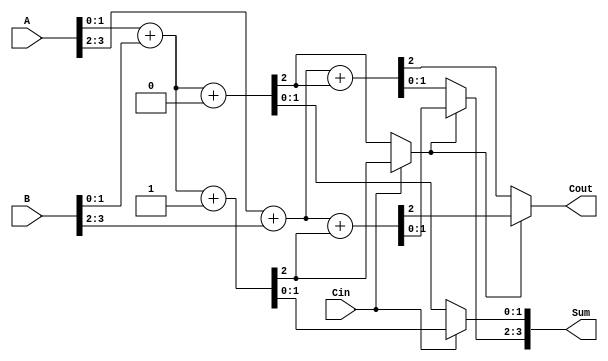
module carry_select_adder (
    input [3:0] A,     // 4-bit input A
    input [3:0] B,     // 4-bit input B
    input Cin,         // Carry-in
    output [3:0] Sum,  // 4-bit Sum output
    output Cout        // Carry-out
);
    wire [1:0] S0_0, S0_1; // Sum outputs for carry-in = 0
    wire [1:0] S1_0, S1_1; // Sum outputs for carry-in = 1
    wire C0_0, C0_1;       // Carry outputs for carry-in = 0
    wire C1_0, C1_1;       // Carry outputs for carry-in = 1
    wire C0, C1;           // Carry selection signals

    // Block 1 (A[1:0], B[1:0])
    assign {C0_0, S0_0} = A[1:0] + B[1:0] + 0; // Carry-in = 0
    assign {C0_1, S1_0} = A[1:0] + B[1:0] + 1; // Carry-in = 1

    // Block 2 (A[3:2], B[3:2])
    assign {C1_0, S0_1} = A[3:2] + B[3:2] + C0_0; // Carry-in = C0 from Block 1
    assign {C1_1, S1_1} = A[3:2] + B[3:2] + C0_1; // Carry-in = C1 from Block 1

    // Carry selection logic
    assign C0 = Cin ? C0_1 : C0_0; // Select carry from Block 1 based on Cin
    assign C1 = C0 ? C1_1 : C1_0;   // Select carry from Block 2 based on C0

    // Final Sum output selection
    assign Sum[1:0] = Cin ? S1_0 : S0_0; // Select sum from Block 1 based on Cin
    assign Sum[3:2] = C0 ? S1_1 : S0_1;  // Select sum from Block 2 based on C0
    assign Cout = C1;                   // Final carry-out

endmodule